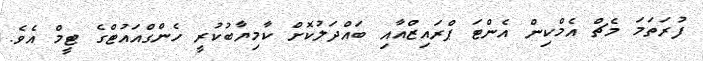
ފުރަތަމަ މެޗް އެމްކިން އެންޓަ ޕްރައިޒްއާއި ބައްދަލުކޮށް ކާމިޔާބުކުރީ ހެންގްއައުޓްގެ ޓީމް އެވެ.